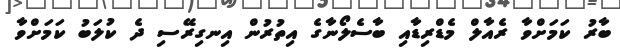
ބާރު ކަމަށްވާ ރެއާލް މެޑްރިޑާއި ބާސެލޯނާގެ އިތުރުން އިނގިރޭސި ދެ ކުލަބު ކަމަށްވާ